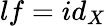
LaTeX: lf=id_{X}